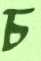
চ